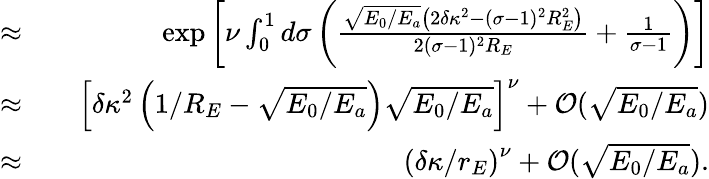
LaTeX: \begin{array}{rlr}{\approx}&{{}}&{\exp\left[\nu\int_{0}^{1}d\sigma\left(\frac{\sqrt{E_{0}/E_{a}}\left(2\delta\kappa^{2}-(\sigma-1)^{2}R_{E}^{2}\right)}{2(\sigma-1)^{2}R_{E}}+\frac{1}{\sigma-1}\right)\right]}\\ {\approx}&{{}}&{\left[\delta\kappa^{2}\left(1/R_{E}-\sqrt{E_{0}/E_{a}}\right)\sqrt{E_{0}/E_{a}}\right]^{\nu}+{\cal O}(\sqrt{E_{0}/E_{a}})}\\ {\approx}&{{}}&{\left(\delta\kappa/r_{E}\right)^{\nu}+{\cal O}(\sqrt{E_{0}/E_{a}}).}\end{array}